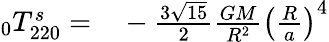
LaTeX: \begin{array}{rl}{\phantom{}_{0}T_{220}^{s}=}&{{}-\frac{3\sqrt{15}}{2}\frac{GM}{R^{2}}\left(\frac{R}{a}\right)^{4}}\end{array}